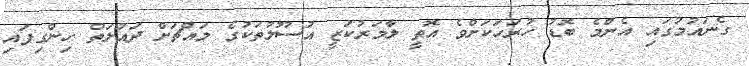
ގެނައުމުގައި އެންމެ ބޮޑު ހުރަހަކަށްވެ އޮތީ ލާމަރުކަޒީ އުސޫލުތަކުގެ މައްޗަށް ދައުލަތް ހިންގިފައި